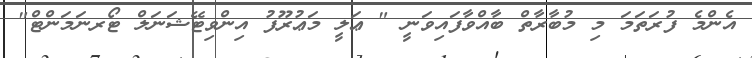
އެންމެ ފުރަތަމަ މި މުބާރާތް ބާއްވާފައިވަނީ " ޢަލީ މަޢުރޫފު އިންވިޓޭޝަނަލް ޓޯރނަމަންޓް"